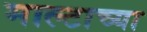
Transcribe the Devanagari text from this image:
माल्टाच्या